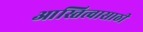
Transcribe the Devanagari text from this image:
आस्तित्वासाठी